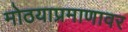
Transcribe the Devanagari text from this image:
मोठयाप्रमाणावर